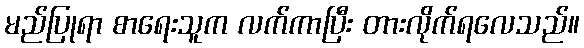
မည်ပြုရာ စာရေးသူက လက်ကာပြီး တားလိုက်ရလေသည်။